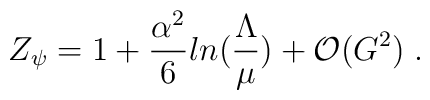
Z_\psi = 1 +  \frac{\alpha^2}{6}ln(\frac{\Lambda}{\mu}) +{\cal O}(G^2)\;.